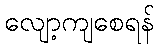
လျော့ကျစေရန်